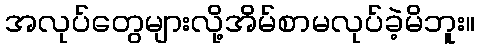
အလုပ်တွေများလို့အိမ်စာမလုပ်ခဲ့မိဘူး။